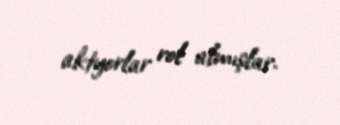
aktyorlar rol almışlar.